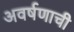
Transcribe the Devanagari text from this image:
अवर्षणाची